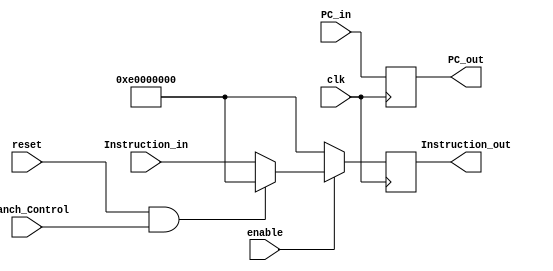
module IF_ID_Register (clk,reset,enable,Instruction_in,PC_in,Branch_Control,Instruction_out,PC_out);

input clk ;
input reset; // 0-->1 to delete the previous instruction and store a nop instruction (flush) with opcode 111000 according to our control unit default value
//we use it in branch miss prediction this signal come from zero in branch alu

input enable; // 0-->1 to enable the register to received new instruction we use 
//it in hazard detection to make flush and the output opcode is 111000 it comes only from  the hazard detection unit

input [31:0] Instruction_in; // the instruction come from fetch stage

input [31:0] PC_in; // the value of pc+4 come from fetch stage

input Branch_Control; // to know if the function cause reset (zero signal) is from branch instruction in ID stage

output reg [31:0] Instruction_out; // the instruction output to decode stage

output reg [31:0] PC_out ; // the pc output to decode stage


//32'b000000 00000000000000000000000000;

always@(posedge clk)
	begin
		
		if(enable == 1'b1)
			begin
	
				if((reset == 1'b1) && (Branch_Control== 1'b1) )
				// case 1 : when we have a branch miss prediction so we want to output a flush and delete the value that was store in the register
					begin
				
						Instruction_out <=32'b11100000000000000000000000000000; // nop
						PC_out <= PC_in;
		
					end
					
				else
					begin
					// case 2 : when we do not have any problem
						Instruction_out <=Instruction_in;
						PC_out <= PC_in;
		
					end
				
			end
			
		else
		// case 2 : when we catch a hazard we want to keep the old value in the register and load nop on the instruction out 

			begin
			
				Instruction_out <=32'b11100000000000000000000000000000; // nop
				PC_out <= PC_in;
			
			end
	
	end
	
	
endmodule